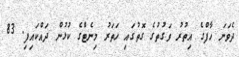
ދެވަނަ ހާފްގެ އިތުރު ވަގުތުގެ ގޮތުގައި ހަތަރު މިނެޓްގެ ކުޅުން ދައްކައިފި. 83